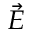
\scriptstyle { \vec { E } }